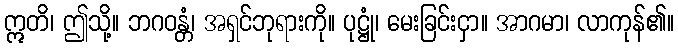
ဣတိ၊ ဤသို့။ ဘဂဝန္တံ၊ အရှင်ဘုရားကို။ ပုဋ္ဌုံ၊ မေးခြင်းငှာ။ အာဂမာ၊ လာကုန်၏။